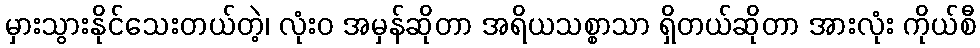
မှားသွားနိုင်သေးတယ်တဲ့၊ လုံးဝ အမှန်ဆိုတာ အရိယသစ္စာသာ ရှိတယ်ဆိုတာ အားလုံး ကိုယ်စီ